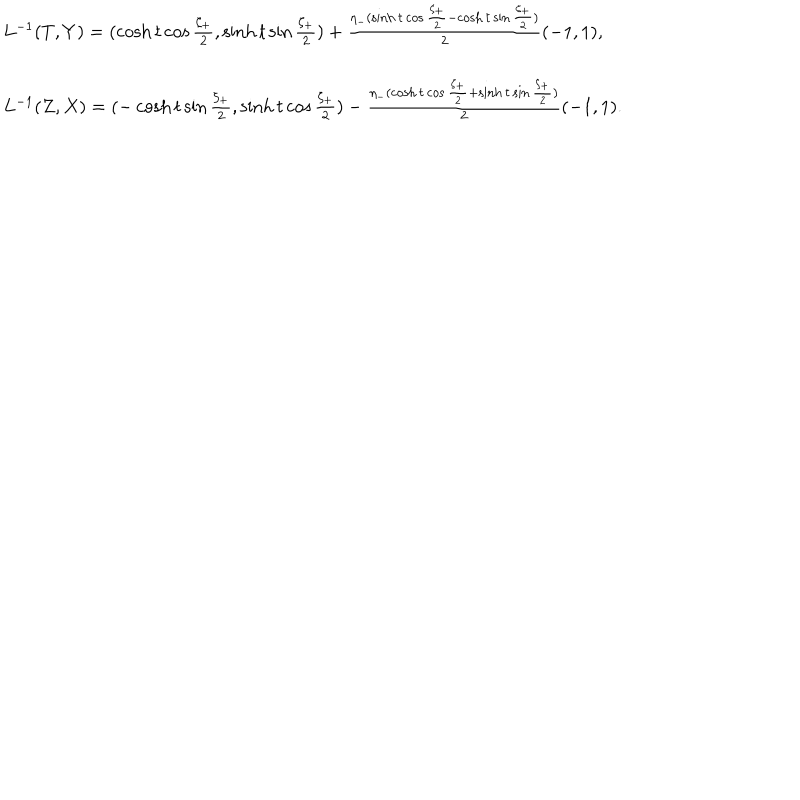
LaTeX: \begin{array} { l } { { L ^ { - 1 } ( T , Y ) = ( \cosh t \cos \frac { \zeta _ { + } } { 2 } , \sinh t \sin \frac { \zeta _ { + } } { 2 } ) + \frac { \eta _ { - } ( \sinh t \cos \frac { \zeta _ { + } } { 2 } - \cosh t \sin \frac { \zeta _ { + } } { 2 } ) } { 2 } ( - 1 , 1 ) , } } \\ { { { } } } \\ { { L ^ { - 1 } ( Z , X ) = ( - \cosh t \sin \frac { \zeta _ { + } } { 2 } , \sinh t \cos \frac { \zeta _ { + } } { 2 } ) - \frac { \eta _ { - } ( \cosh t \cos \frac { \zeta _ { + } } { 2 } + \sinh t \sin \frac { \zeta _ { + } } { 2 } ) } { 2 } ( - 1 , 1 ) . } } \\ \end{array}